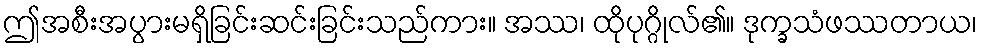
ဤအစီးအပွားမရှိခြင်းဆင်းခြင်းသည်ကား။ အဿ၊ ထိုပုဂ္ဂိုလ်၏။ ဒုက္ခသံဖဿတာယ၊